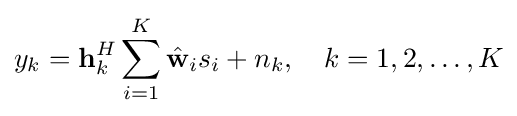
y_{k}=\mathbf {h} _{k}^{H}\sum _{i=1}^{K}{\hat {\mathbf {w} }}_{i}s_{i}+n_{k},\quad k=1,2,\ldots ,K